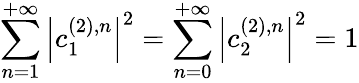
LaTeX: \sum_{n=1}^{+\infty}\left|c_{1}^{(2),n}\right|^{2}=\sum_{n=0}^{+\infty}\left|c_{2}^{(2),n}\right|^{2}=1